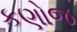
કણોજ